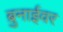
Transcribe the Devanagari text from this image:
ब्रुनाईवर